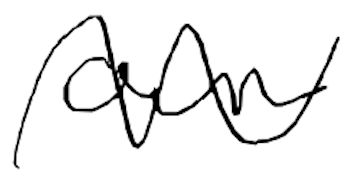
Text: own
Cross-out: wave
Writing tool: digital_black